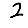
Digit: 2